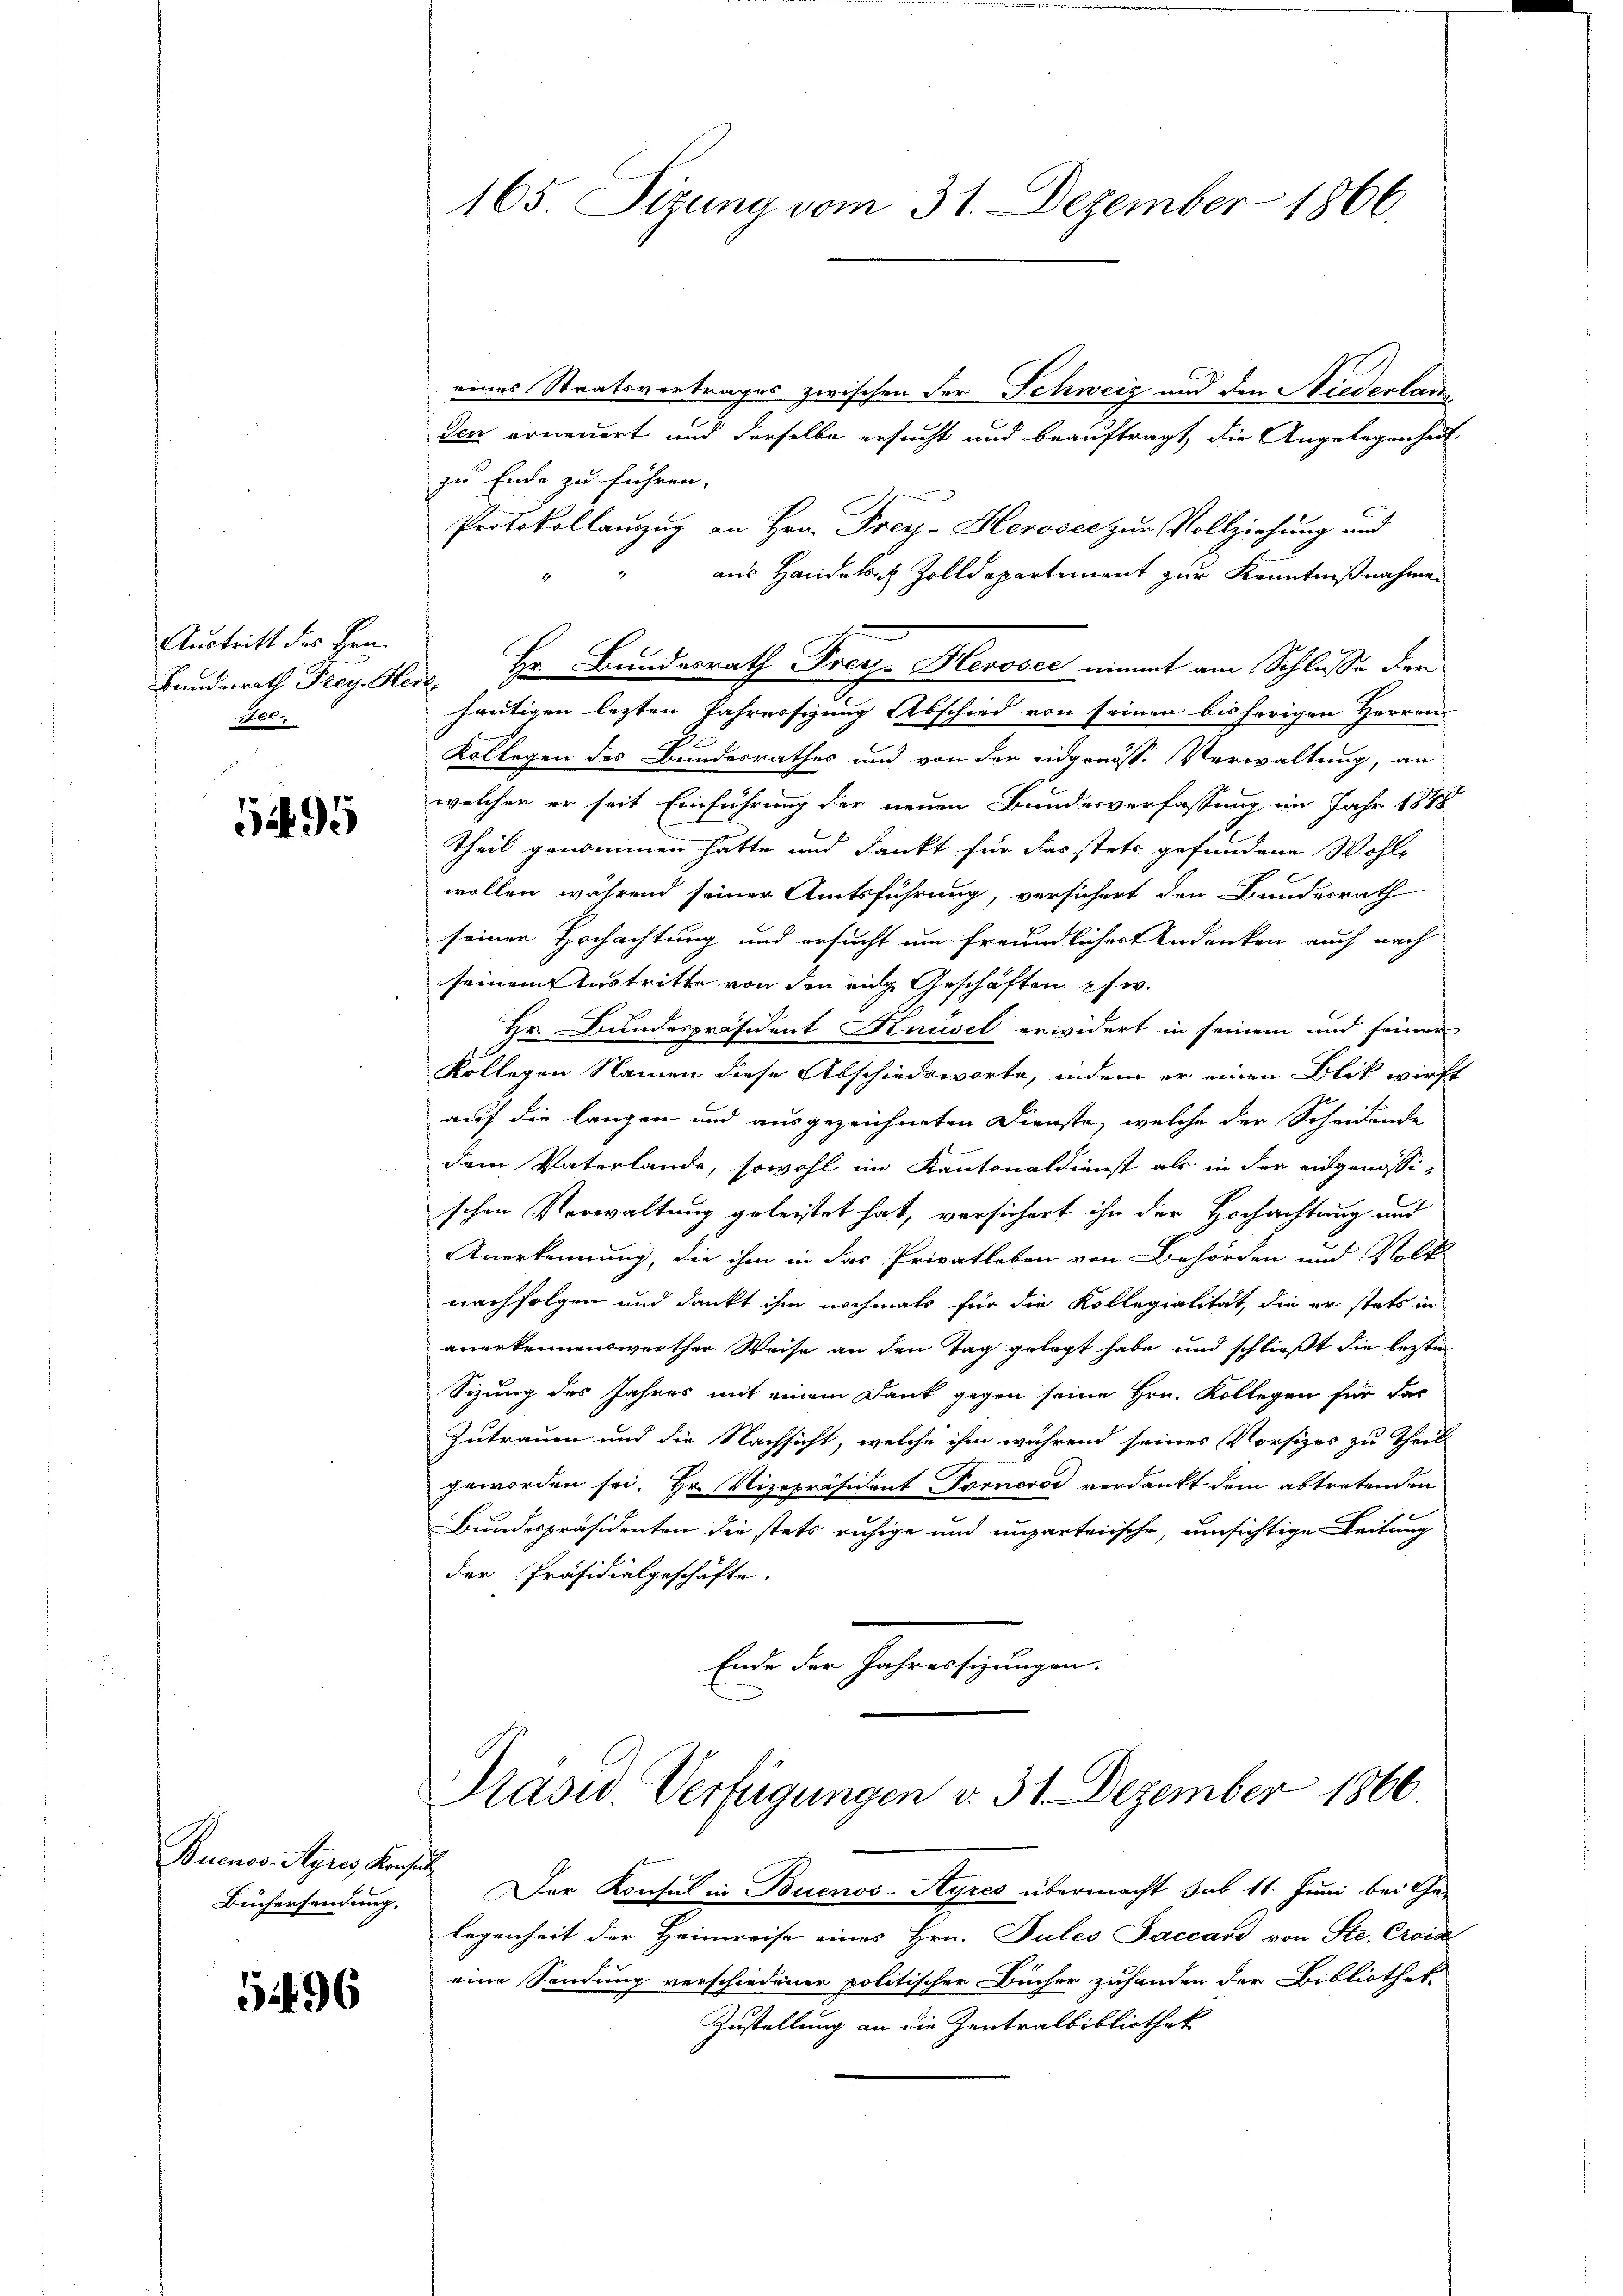
Austritt des Hrn.
All

5495

Buenos Ayres Kirchen
Büchersendung,

5496

eines Staatsvertrages zwischen der Schweiz und den Niederlanden erneuert und derselbe ersucht und beauftragt, die Angelegenheit
zu Ende zu führen.
Protokollauszug an Hrn. Frey- Heroser zur Vollziehung und
aus Handelach Zolldepartement zur Kenntnißnahme.
Bunderath Frey Herz, Hr. Bundesrath Frey-Hesoscc nimmt am Schlusse der
heutigen lezten Jahressizung Abschied von seinen bis hörigen Herren
Kollegen des Bundesrathes und von der eidgenöss. Verwaltung, an
welcher er seit Einführung der neuen Bundesverfassung im Jahr 1848
theil genommen hätte und dankt für das stets gefundene Wohl-
wollen während seiner Amtsführung, versichert den Bundesrath
seiner Hochachtung und ersucht um freundlicherndenken auch nach
seinem Austritte von den eige Geschäften chw.
Hr. Bundespräsident Knusel erwidert in seinem und feiner
Kollegen Namen diese Abschiedsworte, indem er einen Blick wirft
auf die langen und ausgezeichneten Dienste, welche der Scheidende
dem Vaterlande, sowohl im Kantonaldienst als in der eingenössischen Verwaltung geleistet hat, versichert ihn der Hochachtung und
Anerkennung, die ihm in das Privatleben von Behörden und Volk
nachfolgen und dankt ihm nochmals für die Kollegialität, die er stets in
anerkennenswerther Weise an den Tag gelegt habe und schließt die letzte
Sizung des Jahres mit einem Dank gegen seine Hrn. Kollegen für das
Zutrauen und die Nachsicht, welche ihm während seines Vorsizes zu Theil
geworden sei. Hr. Vizepräsident Forneros verdankt dem abtretenden
Bundespräsidenten die stets ruhige und unparteiische, umsichtige Leitung
der Präsidialgeschäfte.
Ende der Jahressizungen.

165. Sizung vom 31. Dezember 1866.

Pasw. Verfügungen v. 31. Dezember 1866.

h
Der Konsul in Buenos-Ayres übermacht sub 11. Juni bei Gelegenheit der Heimreise eines Hrn. Pules Jaccard von Ste. Crois
eine Sendung verschiedener politischer Bücher zuhanden der Bibliothek-
Zustellung an die Zentralbibliothek